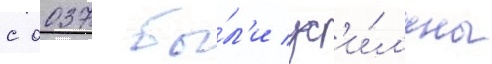
с 0037 бы́л'и ус'и́л'ены